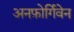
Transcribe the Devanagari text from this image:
अनफ़ोर्गिवेन